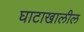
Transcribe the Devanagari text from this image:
घाटाखालील